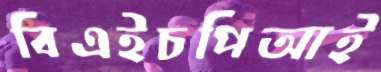
বিএইচপিআই